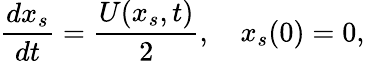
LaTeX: \frac{dx_{s}}{dt}=\frac{U(x_{s},t)}{2},\quad x_{s}(0)=0,